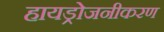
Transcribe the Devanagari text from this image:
हायड्रोजनीकरण